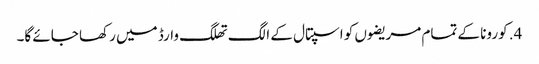
4. کورونا کے تمام مریضوں کو اسپتال کے الگ تھلگ وارڈ میں رکھا جائے گا۔